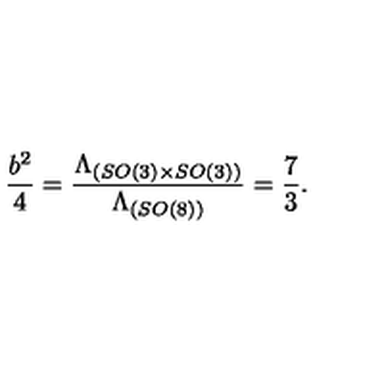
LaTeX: \frac { b ^ { 2 } } { 4 } = \frac { \Lambda _ { ( S O ( 3 ) \times S O ( 3 ) ) } } { \Lambda _ { ( S O ( 8 ) ) } } = \frac { 7 } { 3 } .